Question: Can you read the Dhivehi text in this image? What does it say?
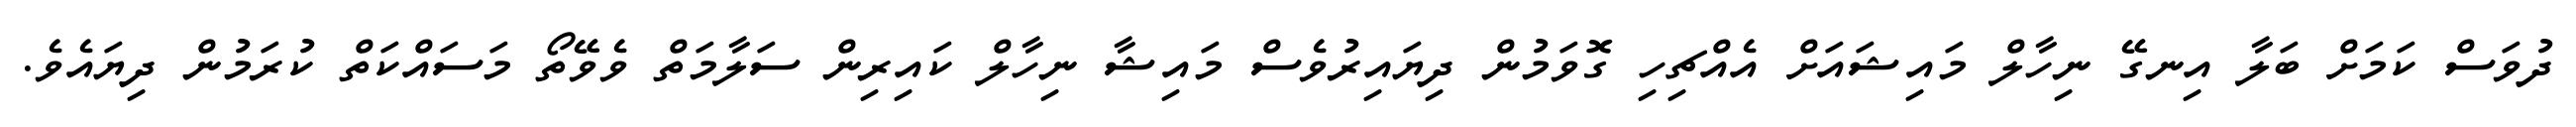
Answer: ދުވަސް ކަމަށް ބަލާ އިނގޭ ނިހާލް މައިޝައަށް އެއްޗިހި ގޮވަމުން ދިޔައިރުވެސް މައިޝާ ނިހާލް ކައިރިން ސަލާމަތް ވެވޭތޯ މަސައްކަތް ކުރަމުން ދިޔައެވެ.